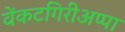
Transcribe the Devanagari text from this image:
वेंकटगिरीअप्पा